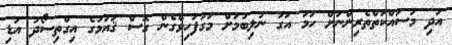
އަދި މަސައްކަތްތެރިންނަށް ހަމަ އަގު ނުލިބުމަށް މަގުފަހިވެގެން ގޮސް ޤައުމުގެ އިގްތިސޯދު އަޑި